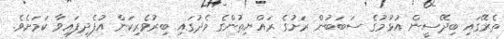
ތެރޭގައި ބިދޭސީން އުޅުމުގެ ސަބަބުން ރަށުގެ ރައްޔިތުންގެ މެދުގައި ބިރުވެރިކަން އުފެދިފައިވާ ކަމަށެވެ.